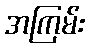
အကြမ်း